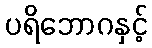
ပရိဘောဂနှင့်